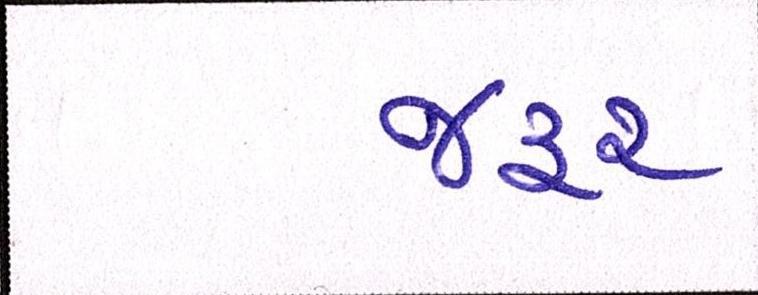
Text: જરૃર